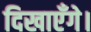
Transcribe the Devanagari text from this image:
दिखाएँगे।